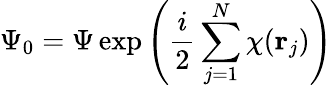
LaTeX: \Psi_{0}=\Psi\exp\left({\frac{i}{2}}\sum_{j=1}^{N}\chi({\mathbf r}_{j})\right)